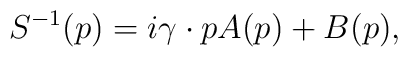
S^{-1}(p) = i\gamma\cdot p A(p) + B(p),